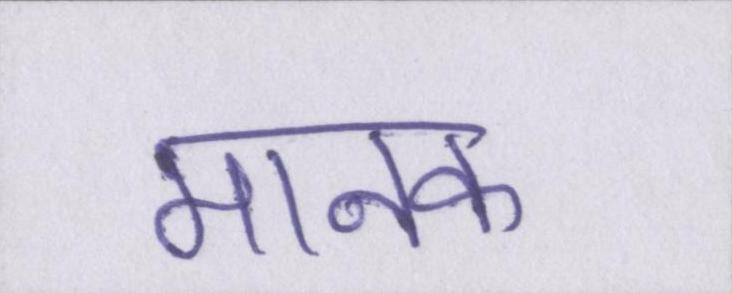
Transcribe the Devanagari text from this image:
मानक